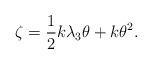
LaTeX: \begin{align*} \zeta = \frac{1}{2} k \lambda_3 \theta + k\theta^2. \end{align*}